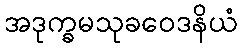
အဒုက္ခမသုခဝေဒနိယံ